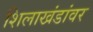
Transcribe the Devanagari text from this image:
शिलाखंडांवर